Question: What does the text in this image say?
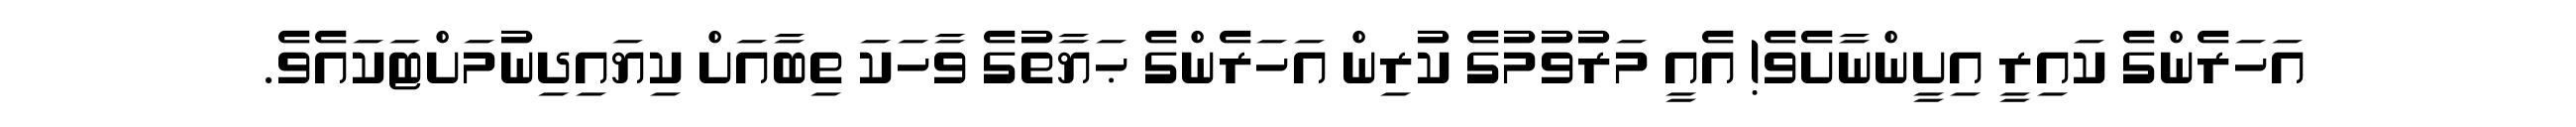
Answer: އަހަރެންގެ ކައިރީ އިށީންނާށެވެ! އެއީ މަރުވުމުގެ ކުރިން އަހަރެންގެ ޙަޔާތުގެ ވާހަކަ ތިބާއަށް ކިޔައިދިނުމަށްޓަކައެވެ.